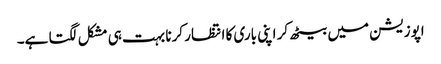
اپوزیشن میں بیٹھ کر اپنی باری کا انتظار کرنا بہت ہی مشکل لگتا ہے۔